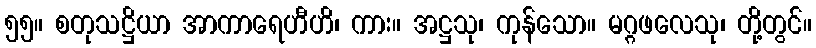
၅၅။ စတုသဋ္ဌိယာ အာကာရေဟီဟိ၊ ကား။ အဋ္ဌသု၊ ကုန်သော။ မဂ္ဂဖလေသု၊ တို့တွင်။